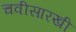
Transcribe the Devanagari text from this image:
चवीसारखी